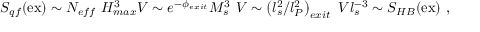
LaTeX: S _ { q f } ( \mathrm { e x } ) \sim N _ { e f f } ~ H _ { m a x } ^ { 3 } V \sim e ^ { - \phi _ { e x i t } } M _ { s } ^ { 3 } ~ V \sim \left( l _ { s } ^ { 2 } / l _ { P } ^ { 2 } \right) _ { e x i t } ~ V l _ { s } ^ { - 3 } \sim S _ { H B } ( \mathrm { e x } ) ~ ,